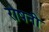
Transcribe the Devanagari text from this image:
रोषनी